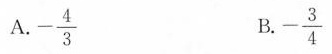
A.- \frac{4}{3} B.- \frac{3}{4}